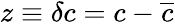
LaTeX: z\equiv\delta c=c-\overline{{c}}